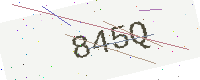
Text: 845Q